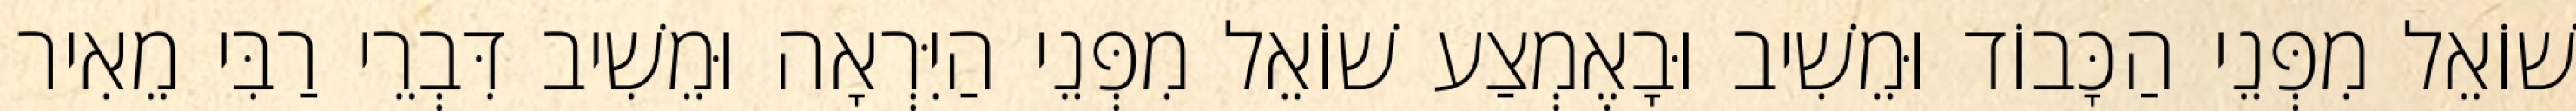
שׁוֹאֵל מִפְּנֵי הַכָּבוֹד וּמֵשִׁיב וּבָאֶמְצַע שׁוֹאֵל מִפְּנֵי הַיִּרְאָה וּמֵשִׁיב דִּבְרֵי רַבִּי מֵאִיר